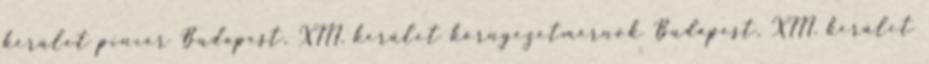
kerület pincér Budapest, XIII. kerület környezetmérnök Budapest, XIII. kerület